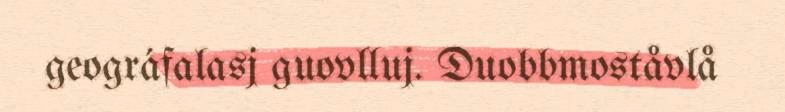
geográfalasj guovlluj. Duobbmoståvlå